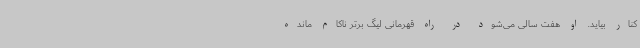
کنار بیاید. او هفت سالی می‌شود در راه قهرمانی لیگ برتر ناکام مانده